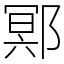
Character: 鄍